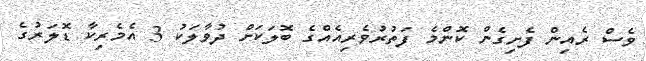
ވެސް ރެއިން ފެށިގެން ކޮންމެ ފަތުރުވެރިއެއްގެ ބޮލަކަށް ދުވާލަކު 3 އެމެރިކާ ޑޮލަރުގެ